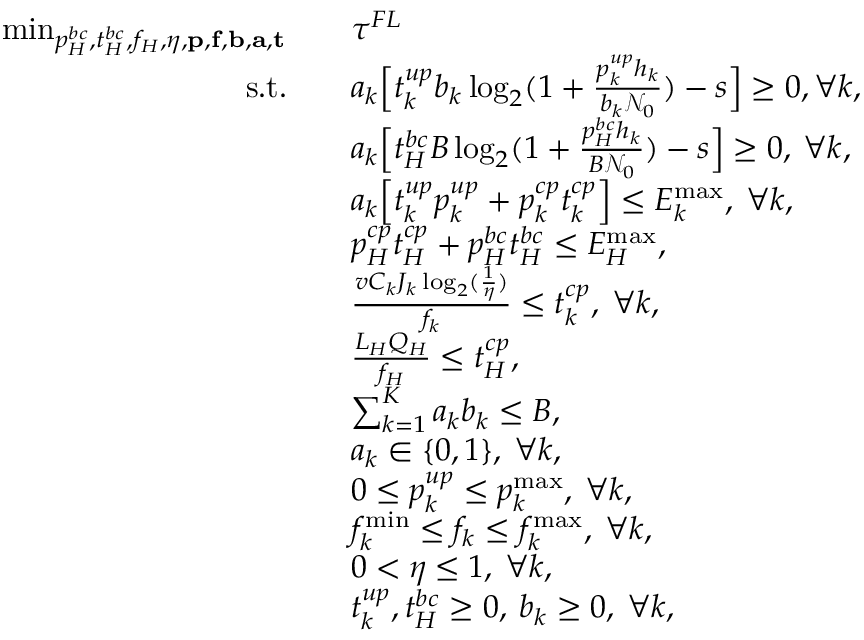
\begin{array} { r l } { \operatorname * { m i n } _ { p _ { H } ^ { b c } , t _ { H } ^ { b c } , f _ { H } , \eta , \mathbf { p } , \mathbf { f } , \mathbf { b } , \mathbf { a } , \mathbf { t } } \quad } & { \tau ^ { F L } } \\ { \mathrm { s . t . } \quad } & { a _ { k } \Big [ t _ { k } ^ { u p } b _ { k } \log _ { 2 } ( 1 + \frac { p _ { k } ^ { u p } h _ { k } } { b _ { k } \mathcal { N } _ { 0 } } ) - s \Big ] \geq 0 , \forall k , } \\ & { a _ { k } \Big [ t _ { H } ^ { b c } B \log _ { 2 } ( 1 + \frac { p _ { H } ^ { b c } h _ { k } } { B \mathcal { N } _ { 0 } } ) - s \Big ] \geq 0 , \: \forall k , } \\ & { a _ { k } \Big [ t _ { k } ^ { u p } p _ { k } ^ { u p } + p _ { k } ^ { c p } t _ { k } ^ { c p } \Big ] \leq E _ { k } ^ { \operatorname* { m a x } } , \: \forall k , } \\ & { p _ { H } ^ { c p } t _ { H } ^ { c p } + p _ { H } ^ { b c } t _ { H } ^ { b c } \leq E _ { H } ^ { \operatorname* { m a x } } , } \\ & { \frac { v C _ { k } J _ { k } \log _ { 2 } ( \frac { 1 } { \eta } ) } { f _ { k } } \leq t _ { k } ^ { c p } , \: \forall k , } \\ & { \frac { L _ { H } Q _ { H } } { f _ { H } } \leq t _ { H } ^ { c p } , } \\ & { \sum _ { k = 1 } ^ { K } a _ { k } b _ { k } \leq B , } \\ & { a _ { k } \in \{ 0 , 1 \} , \: \forall k , } \\ & { 0 \leq p _ { k } ^ { u p } \leq p _ { k } ^ { \operatorname* { m a x } } , \: \forall k , } \\ & { f _ { k } ^ { \operatorname* { m i n } } \leq f _ { k } \leq f _ { k } ^ { \operatorname* { m a x } } , \: \forall k , } \\ & { 0 < \eta \leq 1 , \: \forall k , } \\ & { t _ { k } ^ { u p } , t _ { H } ^ { b c } \geq 0 , \: b _ { k } \geq 0 , \: \forall k , } \end{array}